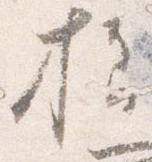
様